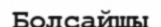
Болсайшы